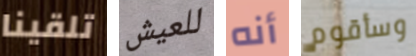
تلقينا للعيش أنه وسأقوم